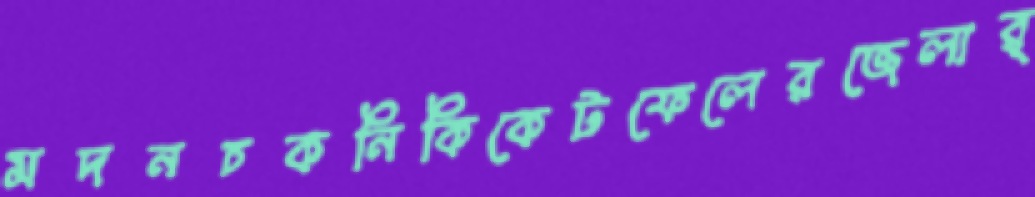
মদনচকনিকিকেটফেলেরজেলার্